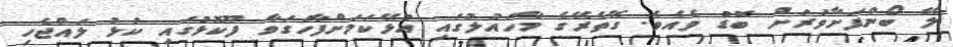
ލޭ ބޯންފަށާވަރަށް ބޮޑު ވެއެވެ. ގޭތެރޭގެ މާހައުލުގައި އުޅޭކަމަށްފާހަގަވާ ފޫކޮޅުގައި ކަޅު ލައްޖެހި